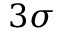
3 \sigma